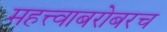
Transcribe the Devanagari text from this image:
महत्त्वाबरोबरच